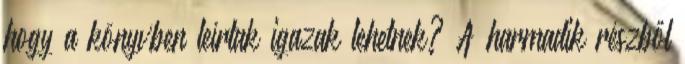
hogy a könyvben leírtak igazak lehetnek? A harmadik részből